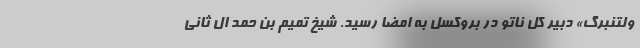
ولتنبرگ» دبیر کل ناتو در بروکسل به امضا رسید. شیخ تمیم بن حمد ال ثانی